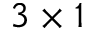
3 \times 1